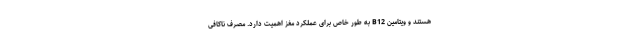
هستند و ویتامین B12 به طور خاص برای عملکرد مغز اهمیت دارد. مصرف ناکافی